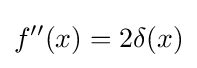
f''(x)=2\delta (x)